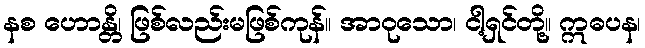
နစ ဟောန္တိ၊ ဖြစ်လည်းမဖြစ်ကုန်။ အာဝုသော၊ ငါ့ရှင်တို့။ ဣဓပန၊